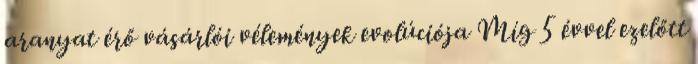
aranyat érő vásárlói vélemények evolúciója Míg 5 évvel ezelőtt